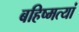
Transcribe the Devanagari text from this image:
बहिष्मत्यां